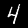
Label: 4